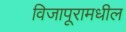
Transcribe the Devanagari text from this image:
विजापूरामधील